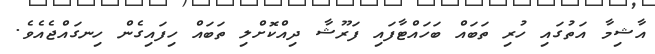
އާޝިމާ އަތުގައި ހުރި ތަބައް ބަހައްޓާފައި ފަރޫޝާ ދިއްކޮށްލި ތަބައް ހިފައިގެން ހިނގައްޖެއެވެ.